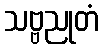
သဗ္ဗညုတံ